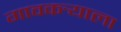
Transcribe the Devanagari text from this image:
गावकर्‍याला